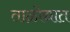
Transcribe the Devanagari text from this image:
ताळोद्यात